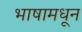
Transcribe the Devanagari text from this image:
भाषामधून